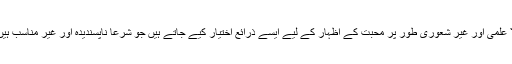
لا علمی اور غیر شعوری طور پر محبت کے اظہار کے لیے ایسے ذرائع اختیار کیے جاتے ہیں جو شرعاً ناپسندیدہ اور غیر مناسب ہیں۔